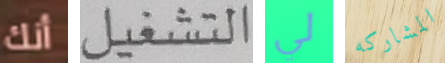
أنك التشغيل لي المشاركه